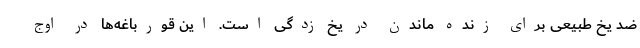
ضد یخ طبیعی برای زنده ماندن در یخ زدگی است. این قورباغه‌ها در اوج